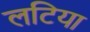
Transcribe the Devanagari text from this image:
लटिया